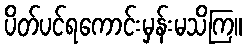
ပိတ်ပင်ရကောင်းမှန်းမသိကြ။